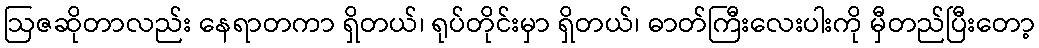
ဩဇဆိုတာလည်း နေရာတကာ ရှိတယ်၊ ရုပ်တိုင်းမှာ ရှိတယ်၊ ဓာတ်ကြီးလေးပါးကို မှီတည်ပြီးတော့